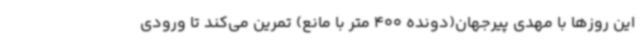
این روزها با مهدی پیرجهان(دونده 400 متر با مانع) تمرین می‌کند تا ورودی